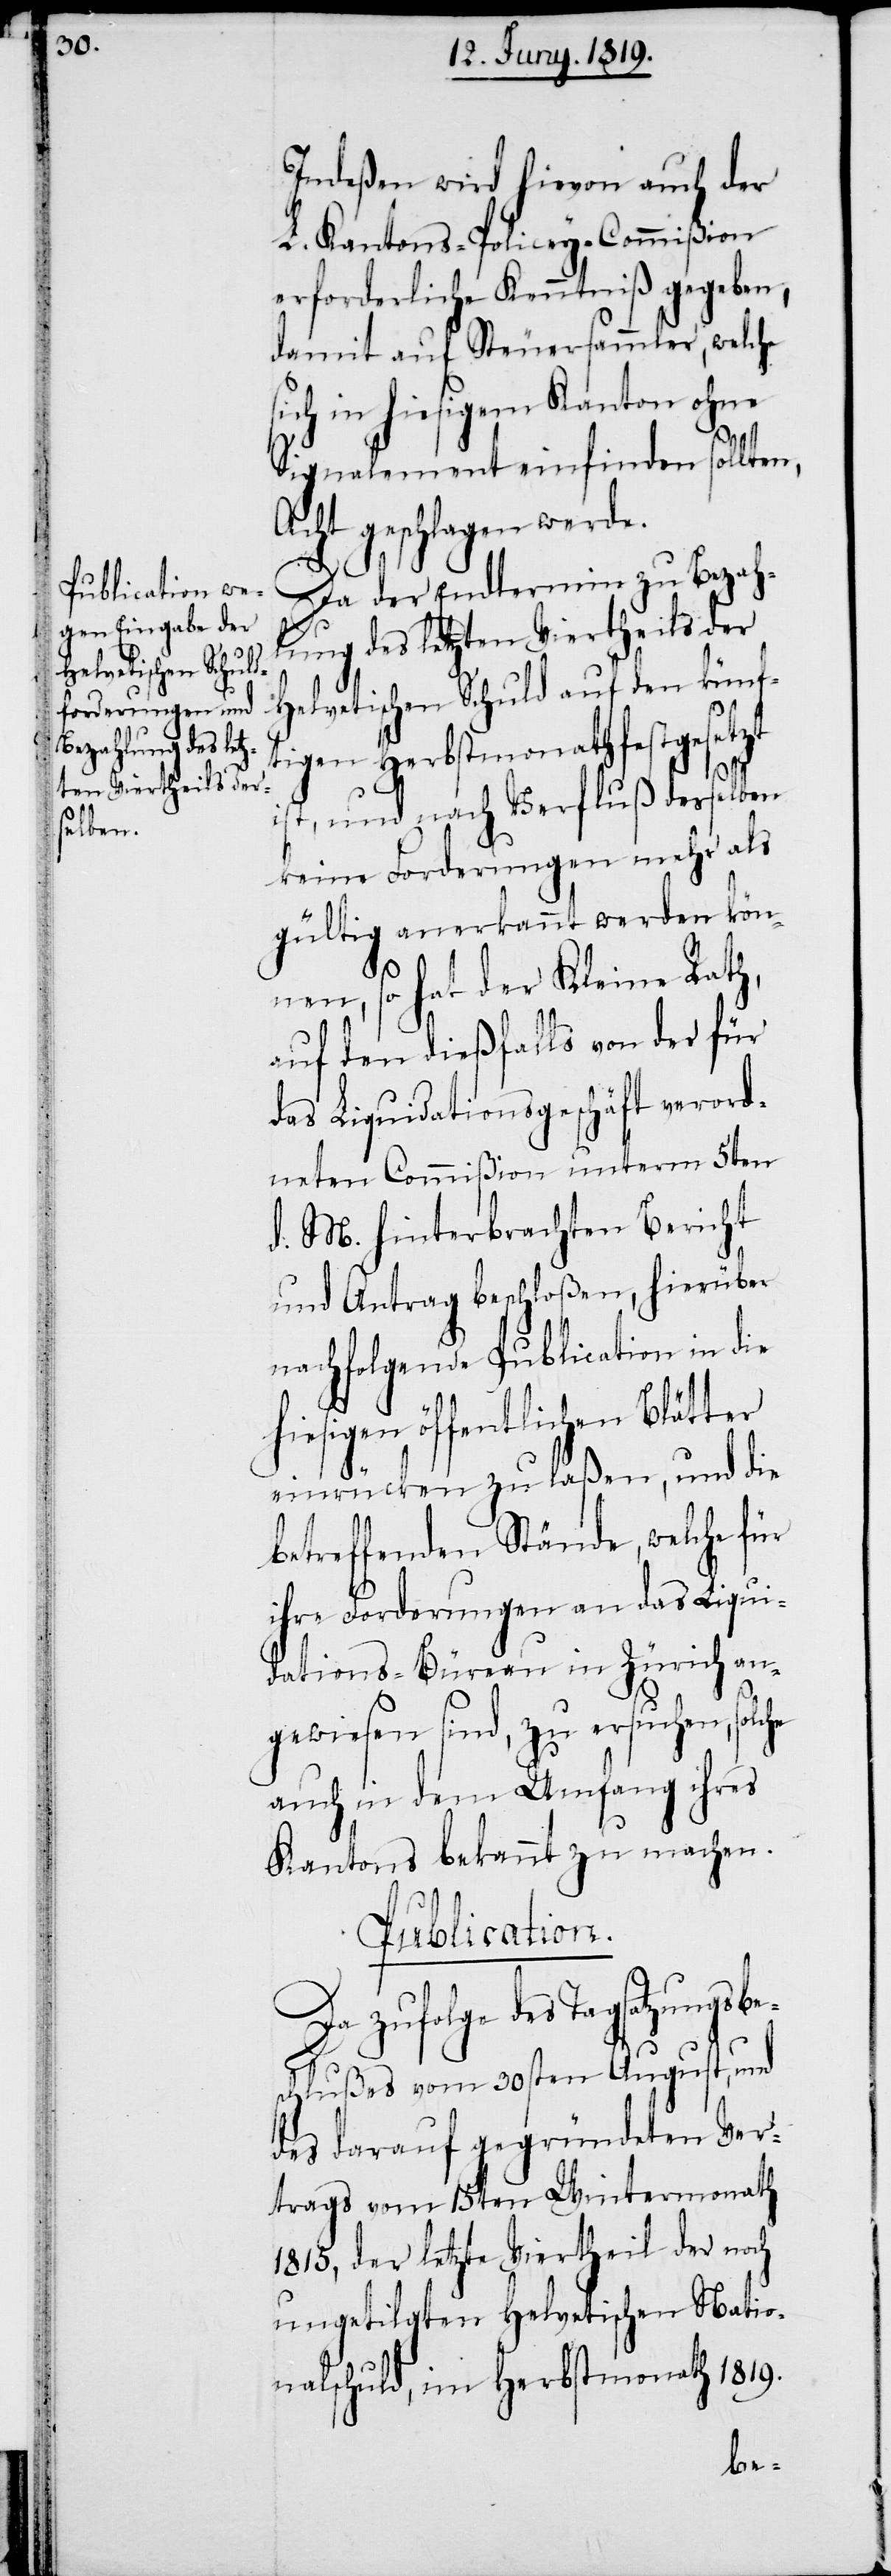
Indeßen wird hievon auch der
L. Kantons-Policey-Commißion
erforderliche Kenntniß gegeben,
damit auf Steuersammler, welche
sich in hiesigem Kanton ohne
Signalement einfinden sollten,
Acht geschlagen werde.
che
Da der Endtermin zu Bezahl¬
ung des letzten Viertheils der
Helvetischen Schuld auf den künf¬
tigen Herbstmonath festgesetzt
ist, und nach Verfluß derselben
keine Forderungen mehr als
gültig anerkannt werden kön¬
nen, so hat der Kleine Rath,
auf den dießfalls von der für
das Liquidationsgeschäft verord¬
neten Commißion unterm 5ten
d. M. hinterbrachten Bericht
und Antrag beschloßen, hierüber
nachfolgende Publication in die
hiesigen öffentlichen Blätter
einrücken zu laßen, und die
betreffenden Stände, welche für
ihre Forderungen an das Liqui¬
dations-Büreau in Zürich an¬
gewiesen sind, zu ersuchen, sol¬
auch in dem Umfang ihres
Kantons bekannt zu machen.
Publication.
Da zufolge des Tagsatzungsbe¬
schlußes vom 30sten August, und
des darauf gegründeten Ver¬
trags vom 15ten Wintermonath
1815, der letzte Viertheil der noch
ungetilgten Helvetischen Natio¬
nalschuld, im Herbstmonath 1819.